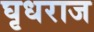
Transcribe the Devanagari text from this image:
घृधराज